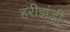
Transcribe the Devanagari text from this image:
हरीझंडी